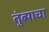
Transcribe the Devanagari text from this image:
तुंब्याचा